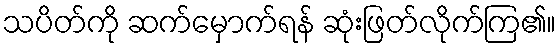
သပိတ်ကို ဆက်မှောက်ရန် ဆုံးဖြတ်လိုက်ကြ၏။